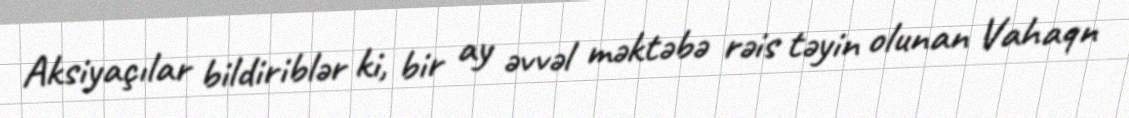
Aksiyaçılar bildiriblər ki, bir ay əvvəl məktəbə rəis təyin olunan Vahaqn